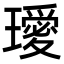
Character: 𭺆